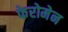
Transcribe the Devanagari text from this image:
फेरोमेन